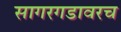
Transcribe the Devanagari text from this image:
सागरगडावरच